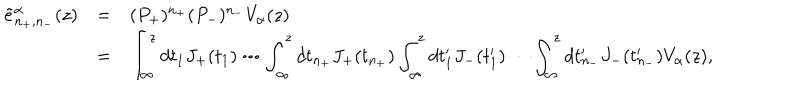
LaTeX: \begin{array} { r c l } { { \tilde { e } _ { n _ { + } , n _ { - } } ^ { \alpha } ( z ) } } & { { = } } & { { ( P _ { + } ) ^ { n _ { + } } ( P _ { - } ) ^ { n _ { - } } V _ { \alpha } ( z ) } } \\ { { } } & { { = } } & { { \displaystyle \int _ { \infty } ^ { z } d t _ { 1 } J _ { + } ( t _ { 1 } ) \cdots \int _ { \infty } ^ { z } d t _ { n _ { + } } J _ { + } ( t _ { n _ { + } } ) \int _ { \infty } ^ { z } d t _ { 1 } ^ { \prime } J _ { - } ( t _ { 1 } ^ { \prime } ) \cdots \int _ { \infty } ^ { z } d t _ { n _ { - } } ^ { \prime } J _ { - } ( t _ { n _ { - } } ^ { \prime } ) V _ { \alpha } ( z ) , } } \\ \end{array}